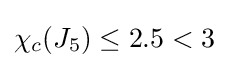
\chi _{c}(J_{5})\leq 2.5<3